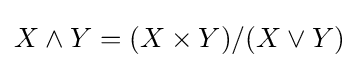
X\wedge Y=(X\times Y)/(X\vee Y)